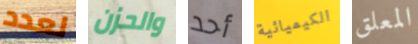
لعدد والحزن أحد الكيميائية المعلق